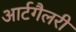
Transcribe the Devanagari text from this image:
आर्टगैलरी